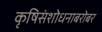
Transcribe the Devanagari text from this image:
कृषिसंशोधनाबरोबर